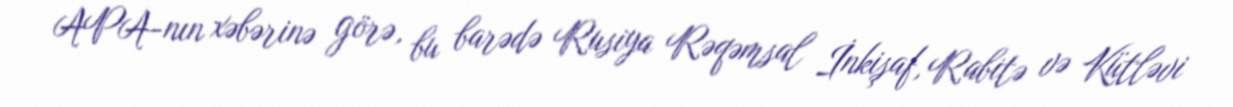
APA-nın xəbərinə görə, bu barədə Rusiya Rəqəmsal İnkişaf, Rabitə və Kütləvi